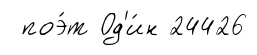
поэ́т Од'и́н 24426